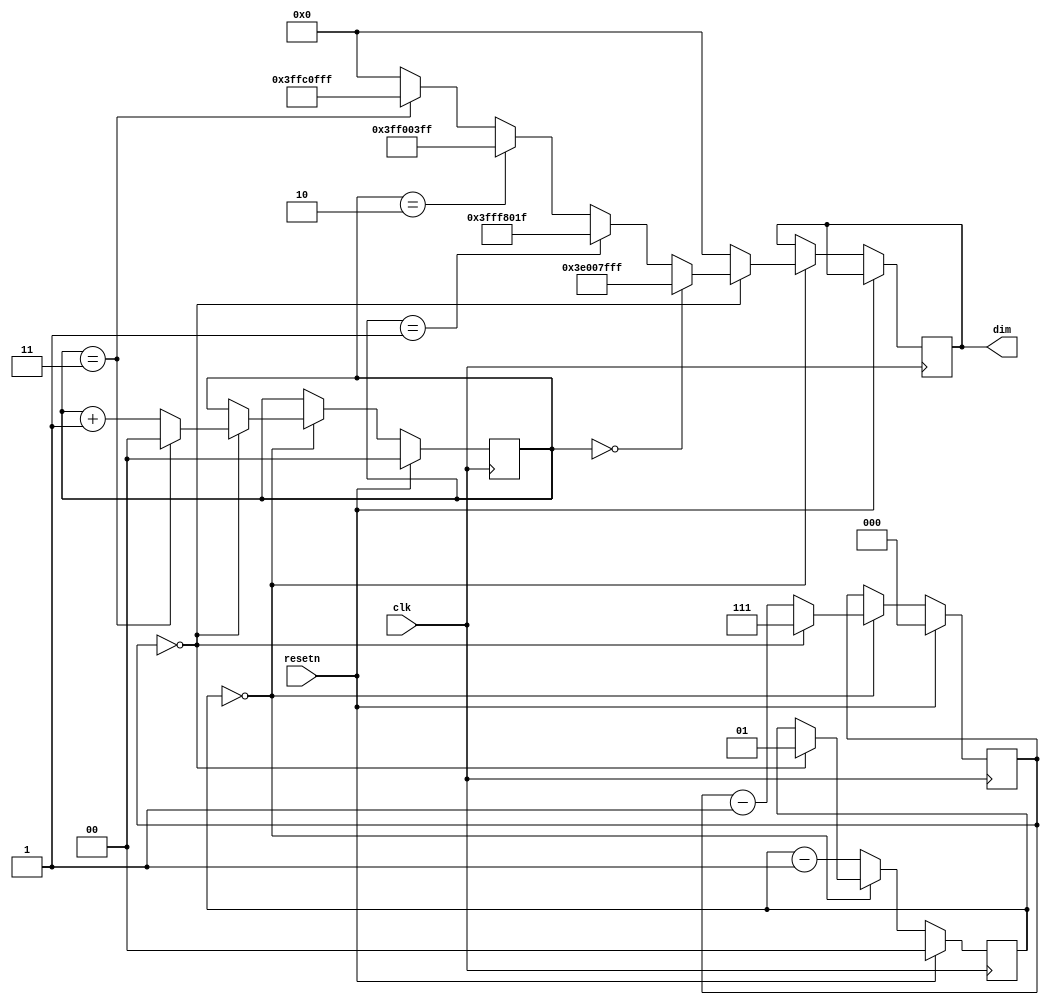
module data_in_manager(
		input clk,
		input resetn,
		output reg [29:0] dim
	);

	reg [2:0] count;
	reg [1:0] jump;
	reg [1:0] pattern;

	always @(posedge clk)
  begin

		if (resetn) begin
			count = 3'b0;
			jump = 2'b0;
			pattern = 2'b00;
		end

		else begin
			if (jump == 1'b0) begin
				dim = 30'b0;

				if (count == 1'b0) begin
					count = 3'b111;
					jump = 2'b01;

					if (pattern == 2'b00)
						dim = 30'b111110000000000111111111111111;
					else if (pattern == 2'b01)
						dim = 30'b111111111111111000000000011111;
					else if (pattern == 2'b10)
						dim = 30'b111111111100000000001111111111;
					else if (pattern == 2'b11)
						dim = 30'b111111111111000000111111111111;

					if (pattern == 2'b11) pattern = 2'b00;
					else pattern = pattern + 1'b1;

				end
				else count = count - 1'b1;

			end
			else jump = jump - 1'b1;
		end

  end
endmodule